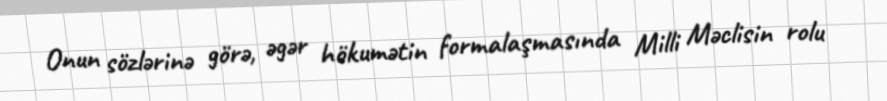
Onun sözlərinə görə, əgər hökumətin formalaşmasında Milli Məclisin rolu